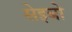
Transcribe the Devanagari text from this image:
सेइबो